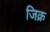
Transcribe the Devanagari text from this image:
जिक्र